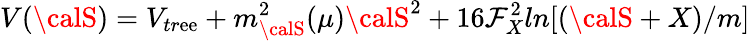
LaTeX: V({\calS})=V_{tr\mathrm{e}\mathrm{e}}+m_{\calS}^{2}(\mu){\calS}^{2}+16\mathcal{F}_{X}^{2}ln[({\calS}+X)/m]